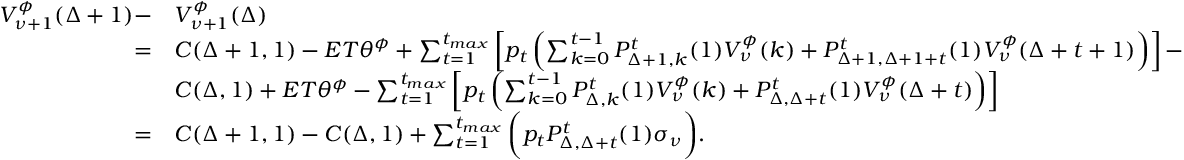
\begin{array} { r l } { V _ { \nu + 1 } ^ { \phi } ( \Delta + 1 ) - } & { V _ { \nu + 1 } ^ { \phi } ( \Delta ) } \\ { = } & { C ( \Delta + 1 , 1 ) - E T \theta ^ { \phi } + \sum _ { t = 1 } ^ { t _ { m a x } } \left[ p _ { t } \left( \sum _ { k = 0 } ^ { t - 1 } P _ { \Delta + 1 , k } ^ { t } ( 1 ) V _ { \nu } ^ { \phi } ( k ) + P _ { \Delta + 1 , \Delta + 1 + t } ^ { t } ( 1 ) V _ { \nu } ^ { \phi } ( \Delta + t + 1 ) \right) \right] - } \\ & { C ( \Delta , 1 ) + E T \theta ^ { \phi } - \sum _ { t = 1 } ^ { t _ { m a x } } \left[ p _ { t } \left( \sum _ { k = 0 } ^ { t - 1 } P _ { \Delta , k } ^ { t } ( 1 ) V _ { \nu } ^ { \phi } ( k ) + P _ { \Delta , \Delta + t } ^ { t } ( 1 ) V _ { \nu } ^ { \phi } ( \Delta + t ) \right) \right] } \\ { = } & { C ( \Delta + 1 , 1 ) - C ( \Delta , 1 ) + \sum _ { t = 1 } ^ { t _ { m a x } } \bigg ( p _ { t } P _ { \Delta , \Delta + t } ^ { t } ( 1 ) \sigma _ { \nu } \bigg ) . } \end{array}